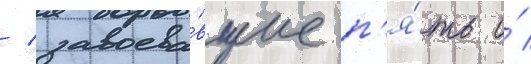
/ завоева́вшие п'я́ть и́